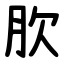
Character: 肷